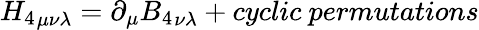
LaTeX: {H_{4}}_{\mu\nu\lambda}=\partial_{\mu}{B_{4}}_{\nu\lambda}+cyclic~permutations